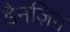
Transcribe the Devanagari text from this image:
डैनज़िग